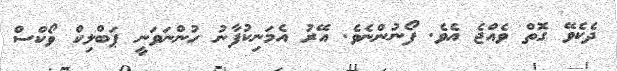
ދެކެވޭ ގޮތް ވެއްޖެ އެވެ. ފޯނުންނެވެ. އޭރު އެމަނިކުފާނު ހުންނަވަނީ ޕަބްލިކް ވޯކްސް